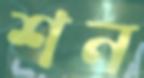
শন